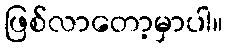
ဖြစ်လာတော့မှာပါ။